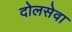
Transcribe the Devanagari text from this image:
दोलसेवा